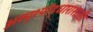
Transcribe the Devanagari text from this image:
अस्पृश्योद्धारासाठी